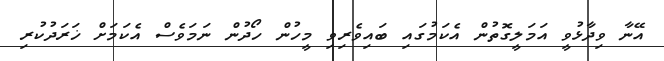
އޭނާ ވިދާޅުވީ އަމަލީގޮތުން އެކަމުގައި ބައިވެރިވި މީހުން ހޯދުން ނަމަވެސް އެކަމަށް ޚަރަދުކުރި